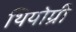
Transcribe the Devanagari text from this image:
थियोग्री